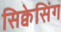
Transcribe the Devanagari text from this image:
सिक्वेसिंग